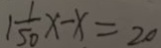
1 \frac { 1 } { 5 0 } x - x = 2 0